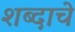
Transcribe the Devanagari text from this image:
शब्‍दाचे